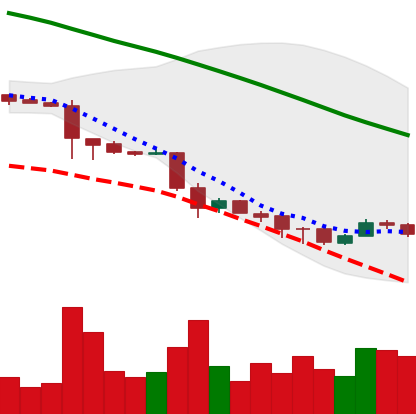
Ticker: ETC-USD
Chart end date: 2018-11-30
Forward return: -12.434%
Label: down_7plus